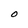
Character: O